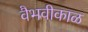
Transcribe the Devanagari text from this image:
वैभवीकाळ